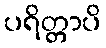
ပရိတ္တာပိ